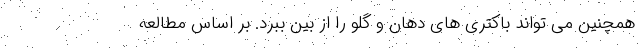
همچنین می تواند باکتری های دهان و گلو را از بین ببرد. بر اساس مطالعه